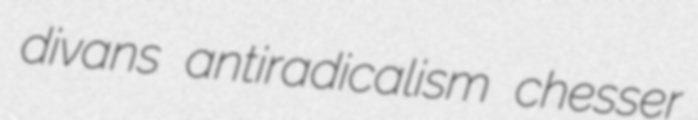
divans antiradicalism chesser